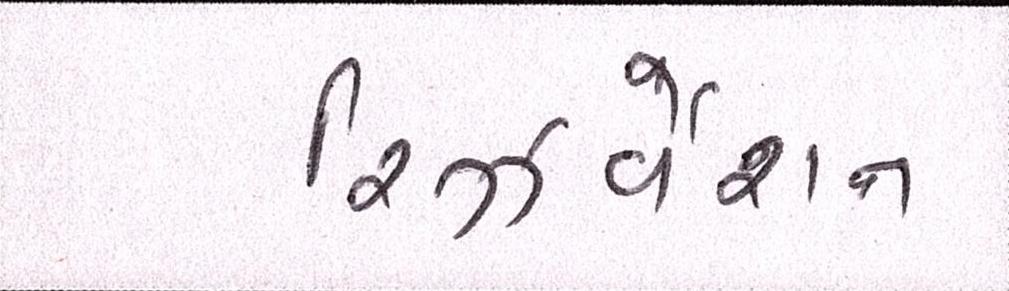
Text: રિઝર્વેશન